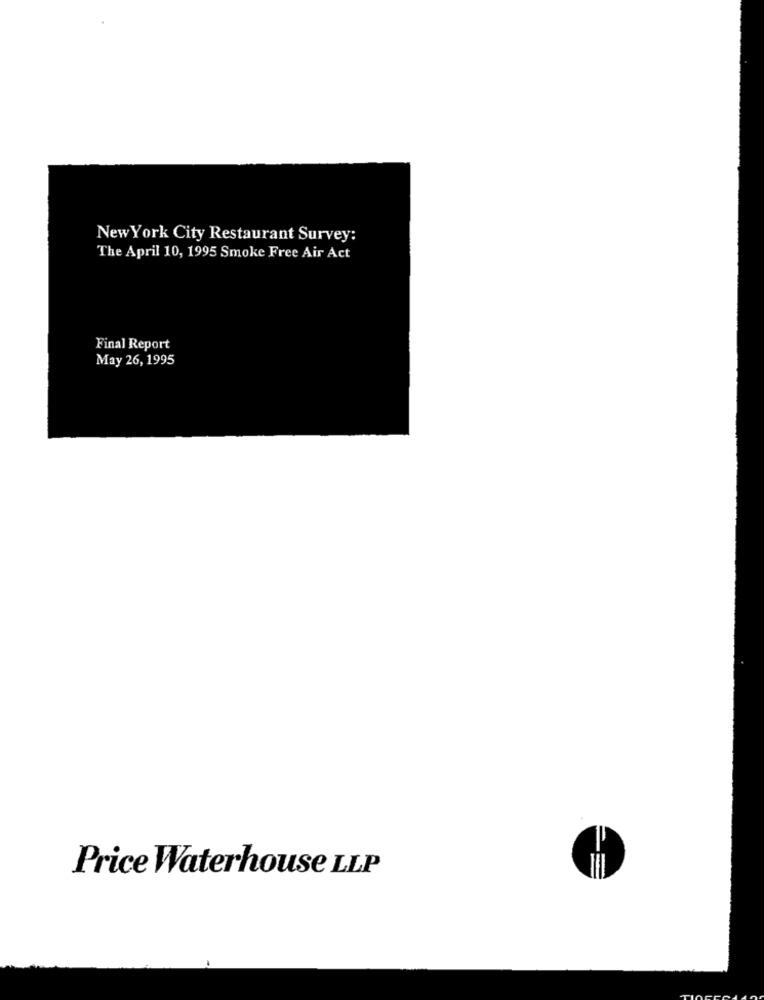
New York City Restaurant Survey:
The April 10, 1995 Smoke Free Air Act
Final Report
May 26, 1995
Price Waterhouse LLP